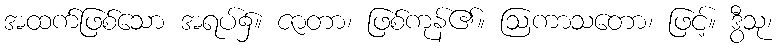
အထက်ဖြစ်သော အရပ်၌။ ဇာတာ၊ ဖြစ်ကုန်၏။ ဩကာသတော၊ ဖြင့်။ ဒွီသု၊